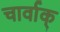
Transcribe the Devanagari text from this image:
चार्वाक्